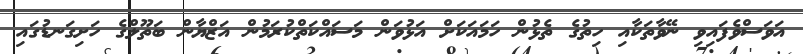
އަވަސްވެފައިވި ނޭވާތަކާއި ހިތުގެ ތެޅުން ހަމައަކަށް އަޅުވަން މަސައްކަތްކުރަމުން އަޒްޔާން ބަތޫލްގެ ހަށިގަނޑުގައި